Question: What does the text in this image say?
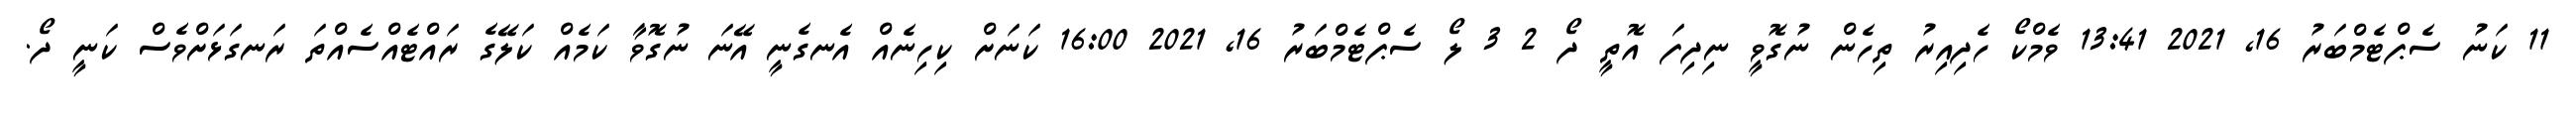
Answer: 11 ކަނު ސެޕްޓެމްބަރު 16, 2021 13:41 ވެމްކޯ ހެދިއިރު ތިހެން ނުގޮވީ ނިދިފަ އޮތީ ދޯ 2 3 ލޯ ސެޕްޓެމްބަރު 16, 2021 16:00 ކަނަށް ކިހިނެއް އެނގެނީ އޭނަ ނުގޮވާ ކަމެއް ކަލޭގެ ރައްޓެއްސެއްތަ ރަނގަޅަށްވެސް ކަނީ ދޯ.